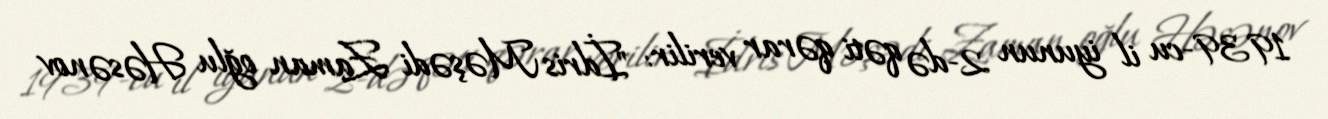
1939-cu il iyunun 2-də qəti qərar verilir: "İdris Məşədi Zaman oğlu Həsənov